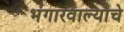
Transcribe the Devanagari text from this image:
भंगारवाल्याचे